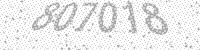
Solution: 807018